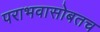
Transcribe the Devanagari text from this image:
पराभवासोबतच